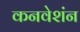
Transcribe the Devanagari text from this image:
कनवेशंन